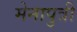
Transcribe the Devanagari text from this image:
मेनापुत्री